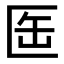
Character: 𠤸